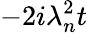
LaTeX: -2i\lambda_{n}^{2}t